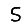
Digit: 5